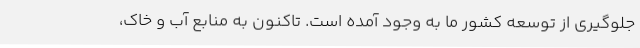
جلوگیری از توسعه کشور ما به وجود آمده است. تاکنون به منابع آب و خاک،